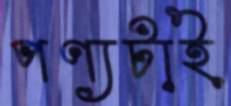
পণ্যটাই